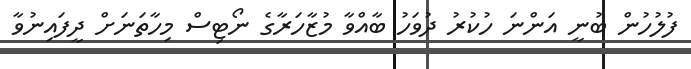
ފުލުހުން ބުނީ އަންނަ ހުކުރު ދުވަހު ބާއްވާ މުޒާހަރާގެ ނޯޓިސް މިހާތަނަށް ދީފައިނުވާ